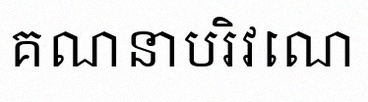
គណនាបរិវេណ